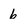
Character: 6